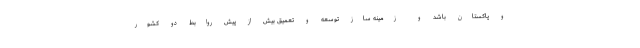
و پاکستان باشد و زمینه ساز توسعه و تعمیق بیش از پیش روابط دو کشور